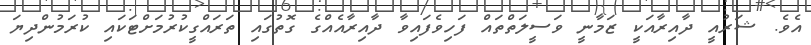
އެވެ. ޝަރުއީ ދާއިރާއަކީ ޒަމާނީ ވަސީލަތްތައް ފަހިވެފައިވާ ދާއިރާއެއްގެ ގޮތުގައި ތަރައްގީކުރުމަށްޓަކައި ކުރަމުންދިޔަ